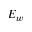
E _ { w }